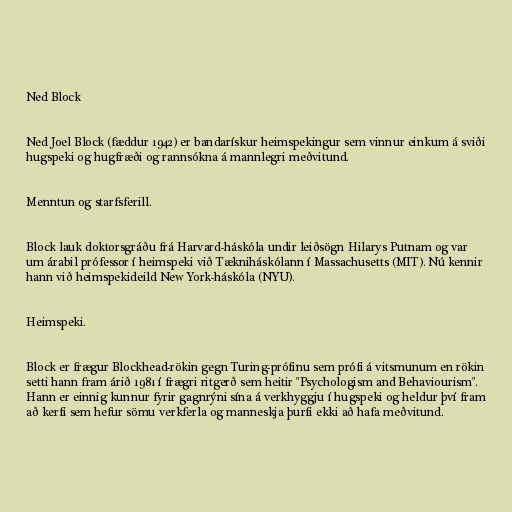
Ned Block

Ned Joel Block (fæddur 1942) er bandarískur heimspekingur sem vinnur einkum á sviði
hugspeki og hugfræði og rannsókna á mannlegri meðvitund.

Menntun og starfsferill.

Block lauk doktorsgráðu frá Harvard-háskóla undir leiðsögn Hilarys Putnam og var
um árabil prófessor í heimspeki við Tækniháskólann í Massachusetts (MIT). Nú kennir
hann við heimspekideild New York-háskóla (NYU).

Heimspeki.

Block er frægur Blockhead-rökin gegn Turing-prófinu sem prófi á vitsmunum en rökin
setti hann fram árið 1981 í frægri ritgerð sem heitir "Psychologism and Behaviourism".
Hann er einnig kunnur fyrir gagnrýni sína á verkhyggju í hugspeki og heldur því fram
að kerfi sem hefur sömu verkferla og manneskja þurfi ekki að hafa meðvitund.